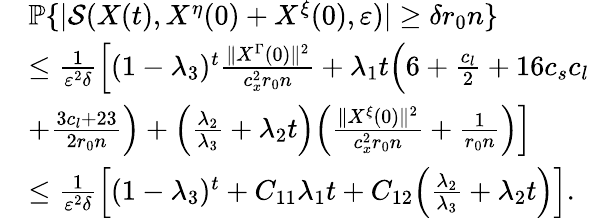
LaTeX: \begin{array}{rl}&{\mathbb{P}\{ |\mathcal{S}(X(t),X^{\eta}(0)+X^{\xi}(0),\varepsilon)|\ge\delta r_{0}n\} }\\ &{\le\frac{1}{\varepsilon^{2}\delta}\Big[(1-\lambda_{3})^{t}\frac{\| X^{\Gamma}(0)\| ^{2}}{c_{x}^{2}r_{0}n}+\lambda_{1}t\Big(6+\frac{c_{l}}{2}+16c_{s}c_{l}}\\ &{+\frac{3c_{l}+23}{2r_{0}n}\Big)+\Big(\frac{\lambda_{2}}{\lambda_{3}}+\lambda_{2}t\Big)\Big(\frac{\| X^{\xi}(0)\| ^{2}}{c_{x}^{2}r_{0}n}+\frac{1}{r_{0}n}\Big)\Big]}\\ &{\le\frac{1}{\varepsilon^{2}\delta}\Big[(1-\lambda_{3})^{t}+C_{11}\lambda_{1}t+C_{12}\Big(\frac{\lambda_{2}}{\lambda_{3}}+\lambda_{2}t\Big)\Big].}\end{array}